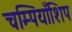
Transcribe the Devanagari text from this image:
चम्पियाँशिप